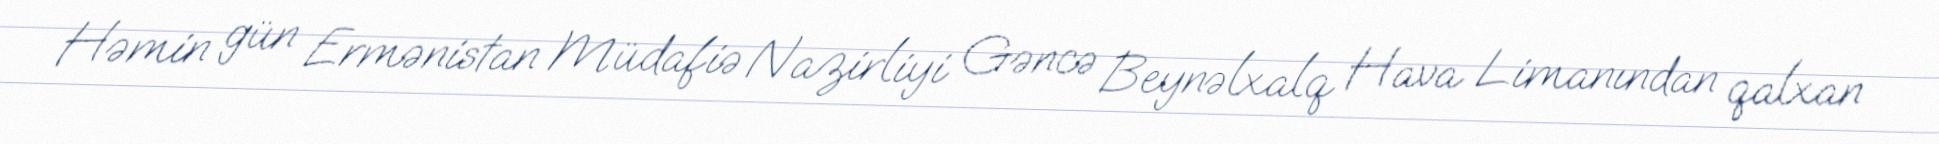
Həmin gün Ermənistan Müdafiə Nazirliyi Gəncə Beynəlxalq Hava Limanından qalxan